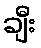
ချီး